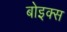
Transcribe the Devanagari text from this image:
बोइक्स